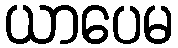
ယာပေမ